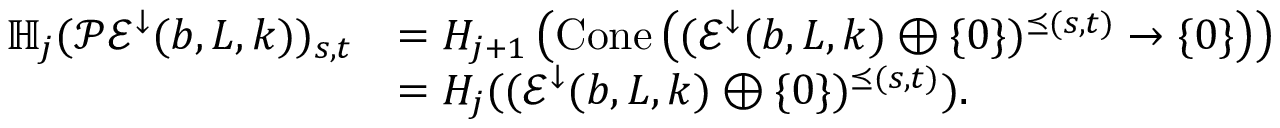
\begin{array} { r l } { \mathbb { H } _ { j } ( \mathcal { P E } ^ { \downarrow } ( b , L , k ) ) _ { s , t } } & { = H _ { j + 1 } \left( \mathrm { C o n e } \left( ( \mathcal { E } ^ { \downarrow } ( b , L , k ) \oplus \{ 0 \} ) ^ { \preceq ( s , t ) } \to \{ 0 \} \right) \right) } \\ & { = H _ { j } ( ( \mathcal { E } ^ { \downarrow } ( b , L , k ) \oplus \{ 0 \} ) ^ { \preceq ( s , t ) } ) . } \end{array}